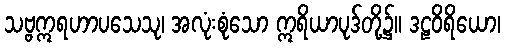
သဗ္ဗဣရဟာပသေသု၊ အလုံးစုံသော ဣရိယာပုဒ်တို့၌။ ဒဠဝိရိယော၊